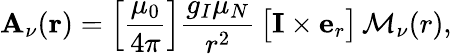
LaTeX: \mathbf{A}_{\nu}(\mathbf{r})=\left[{\frac{{\mu_{0}}}{{4\pi}}}\right]\frac{g_{I}\mu_{N}}{r^{2}}\, \big[\mathbf{I}\times\mathbf{e}_{r}\big]\, \mathcal{M}_{\nu}(r),